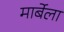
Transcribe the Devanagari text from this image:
मार्बेला